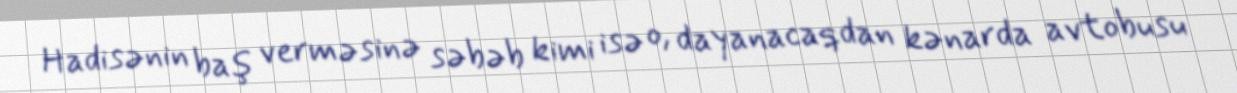
Hadisənin baş verməsinə səbəb kimi isə o, dayanacaqdan kənarda avtobusu